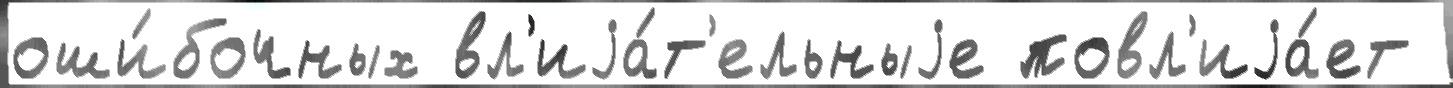
оши́бочных вл'иjа́т'ельныjе повл'иjа́ет